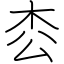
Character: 枩